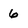
Character: 6